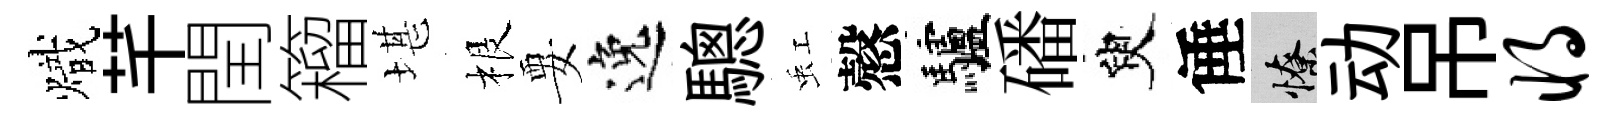
熾芊閏籕堪根要逸驄虹慤驢磻臾倕憭动吊将